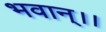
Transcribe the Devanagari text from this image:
भवान्।।